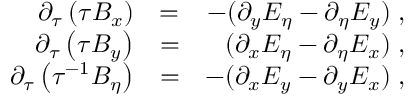
\begin{array} { r l r } { \partial _ { \tau } \left( \tau B _ { x } \right) } & { = } & { - ( \partial _ { y } E _ { \eta } - \partial _ { \eta } E _ { y } ) \; , } \\ { \partial _ { \tau } \left( \tau B _ { y } \right) } & { = } & { ( \partial _ { x } E _ { \eta } - \partial _ { \eta } E _ { x } ) \; , } \\ { \partial _ { \tau } \left( \tau ^ { - 1 } B _ { \eta } \right) } & { = } & { - ( \partial _ { x } E _ { y } - \partial _ { y } E _ { x } ) \; , } \end{array}